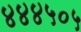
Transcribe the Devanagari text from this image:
४४४५०५